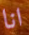
انا